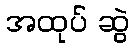
အထုပ် ဆွဲ